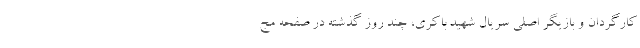
کارگردان و بازیگر اصلی سریال شهید باکری، چند روز گذشته در صفحه مج